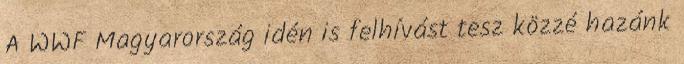
A WWF Magyarország idén is felhívást tesz közzé hazánk